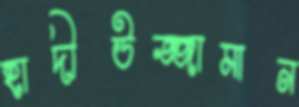
হাদীউজ্জামান